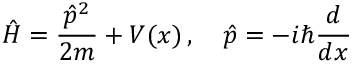
{ \hat { H } } = { \frac { { \hat { p } } ^ { 2 } } { 2 m } } + V ( x ) \, , \quad { \hat { p } } = - i \hbar { \frac { d } { d x } }